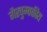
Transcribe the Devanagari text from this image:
गैरचुम्बकीय